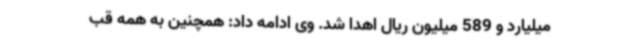
میلیارد و 589 میلیون ریال اهدا شد. وی ادامه داد: همچنین به همه قب